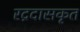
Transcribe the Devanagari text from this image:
रद्रदासकृत